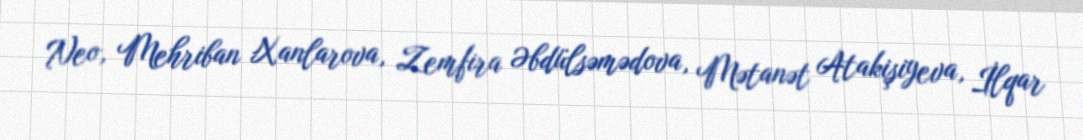
Neo, Mehriban Xanlarova, Zemfira Əbdülsəmədova, Mətanət Atakişiyeva, İlqar